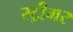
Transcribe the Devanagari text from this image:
स्ट्रीमर